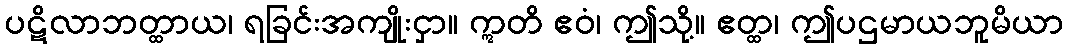
ပဋိလာဘတ္ထာယ၊ ရခြင်းအကျိုးငှာ။ ဣတိ ဧဝံ၊ ဤသို့။ ဧတ္ထ၊ ဤပဌမာယဘူမိယာ